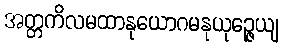
အတ္တကိလမထာနုယောဂမနုယုဉ္ဇေယျ